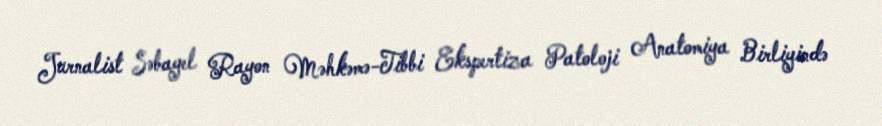
Jurnalist Səbayel Rayon Məhkəmə-Tibbi Ekspertiza Patoloji Anatomiya Birliyində